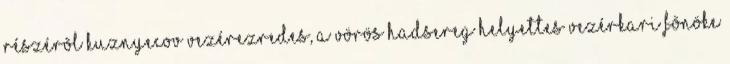
részérõl Kuznyecov vezérezredes, a Vörös Hadsereg helyettes vezérkari fõnöke